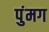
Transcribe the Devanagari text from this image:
पुंमग